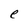
Character: e